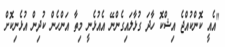
"އެއީ ކޮންކުއްޖެ އިޝްކޮ ހާދަ ގުޅާލައިގެންނޭ އެއުޅެނީ މިތާ އަންހެން ކުދިން އުޅެނިކޮށް